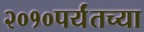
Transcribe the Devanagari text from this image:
२०१०पर्यंतच्या